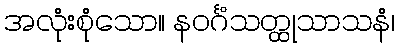
အလုံးစုံသော။ နဝင်္ဂံသတ္ထုသာသနံ၊